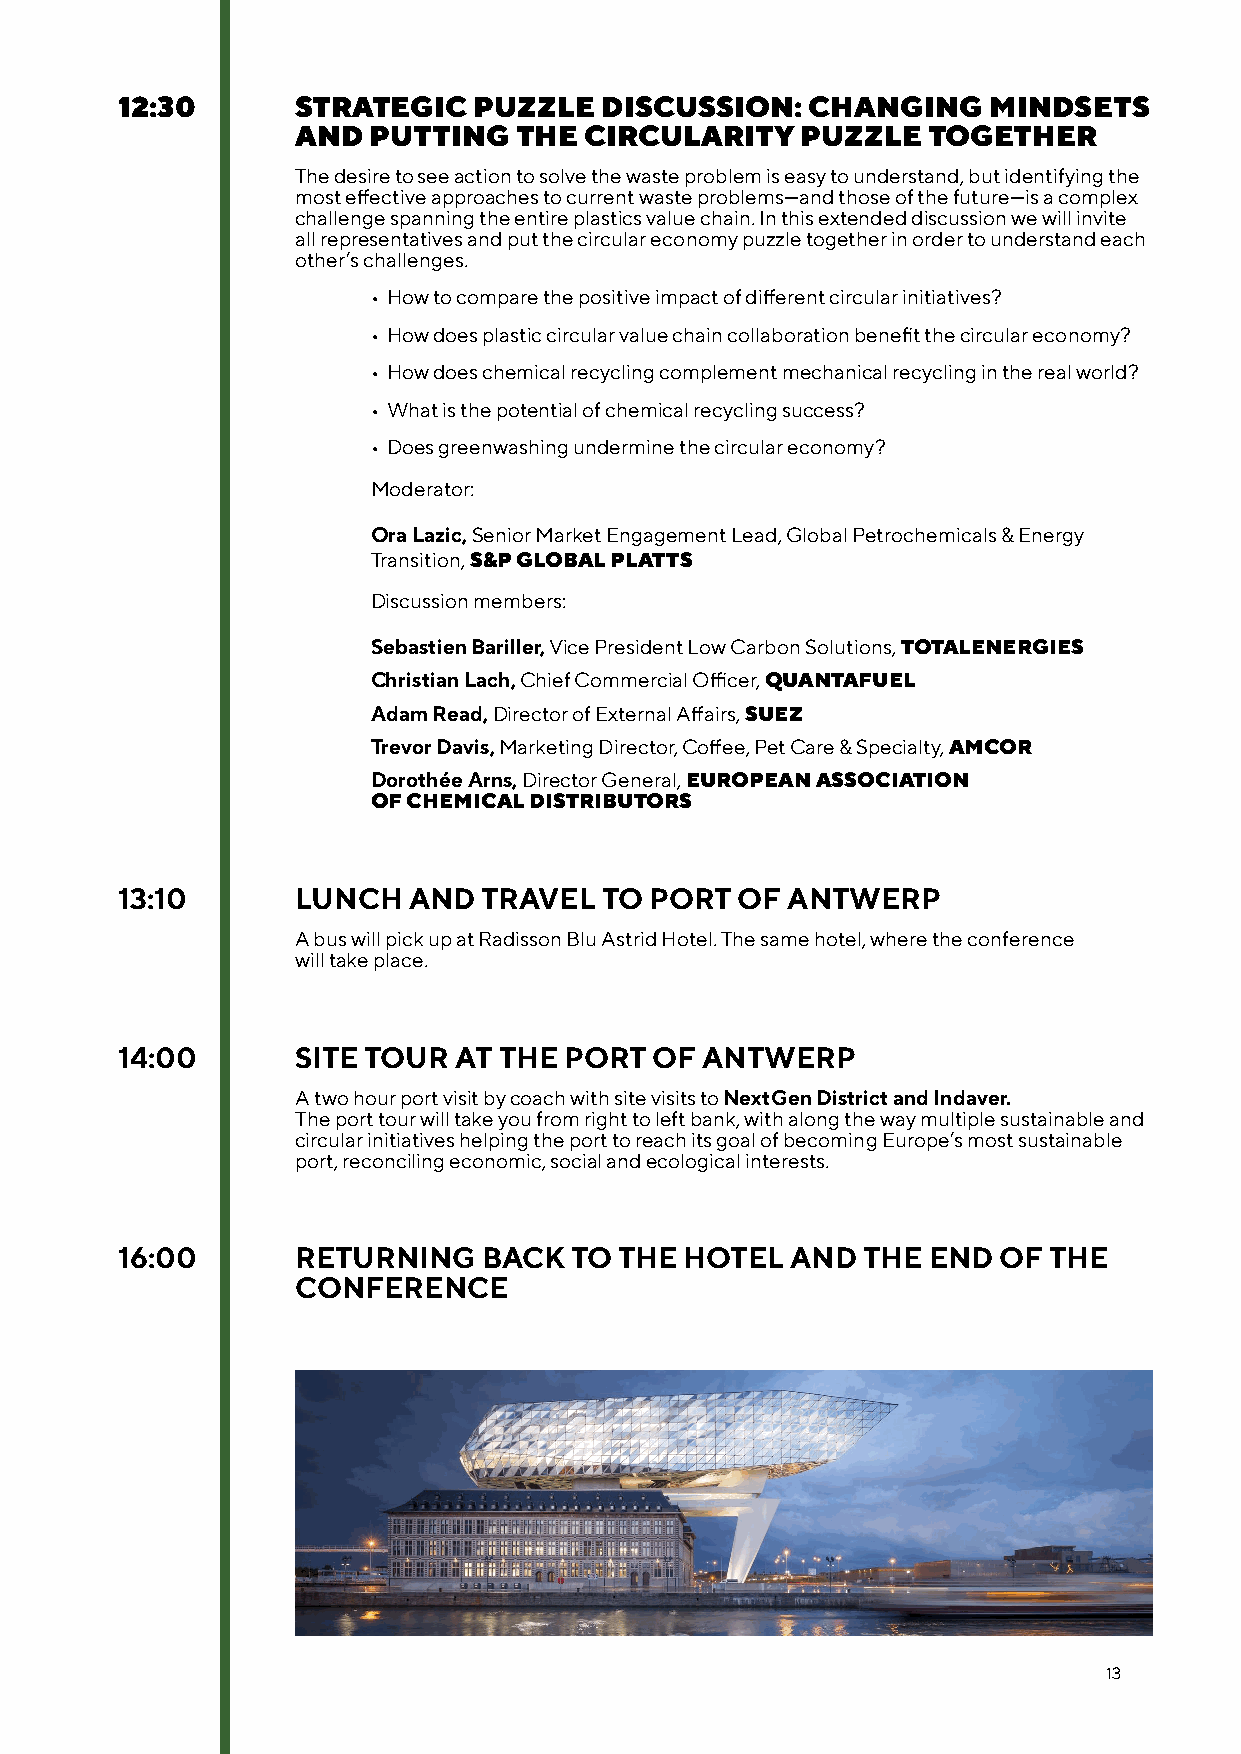
12:30       STRATEGIC  PUZZLE   DISCUSSION:   CHANGING   MINDSETS
 AND PUTTING   THE  CIRCULARITY   PUZZLE  TOGETHER
 The desire to see action to solve the waste problem is easy to understand, but identifying the
 most effective approaches to current waste problems—and those of the future—is a complex
 challenge spanning the entire plastics value chain. In this extended discussion we will invite
 all representatives and put the circular economy puzzle together in order to understand each
 other’s challenges.
 • How to compare the positive impact of different circular initiatives?
 • How does plastic circular value chain collaboration benefit the circular economy?
 • How does chemical recycling complement mechanical recycling in the real world?
 • What is the potential of chemical recycling success?
 • Does greenwashing undermine the circular economy?
 Moderator:
 Ora Lazic, Senior Market Engagement Lead, Global Petrochemicals & Energy
 Transition, S&P GLOBAL PLATTS
 Discussion members:
 Sebastien Bariller, Vice President Low Carbon Solutions, TOTALENERGIES
 Christian Lach, Chief Commercial Officer, QUANTAFUEL
 Adam Read, Director of External Affairs, SUEZ
 Trevor Davis, Marketing Director, Coffee, Pet Care & Specialty, AMCOR
 Dorothée Arns, Director General, EUROPEAN ASSOCIATION
 OF CHEMICAL DISTRIBUTORS
 13:10       LUNCH  AND  TRAVEL  TO PORT  OF ANTWERP
 A bus will pick up at Radisson Blu Astrid Hotel. The same hotel, where the conference
 will take place.
 14:00       SITE TOUR AT THE PORT  OF ANTWERP
 A two hour port visit by coach with site visits to NextGen District and Indaver.
 The port tour will take you from right to left bank, with along the way multiple sustainable and
 circular initiatives helping the port to reach its goal of becoming Europe’s most sustainable
 port, reconciling economic, social and ecological interests.
 16:00       RETURNING   BACK  TO THE HOTEL  AND  THE END  OF THE
 CONFERENCE
 13